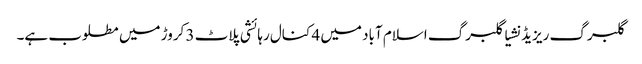
گلبرگ ریزیڈنشیا گلبرگ اسلام آباد میں 4 کنال رہائشی پلاٹ 3 کروڑ میں مطلوب ہے۔